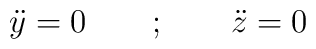
{\ddot y} = 0 \qquad ; \qquad {\ddot z} = 0